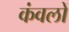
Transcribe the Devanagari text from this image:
कंवलों